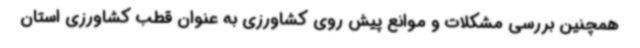
همچنین بررسی مشکلات و موانع پیش روی کشاورزی به عنوان قطب کشاورزی استان